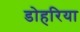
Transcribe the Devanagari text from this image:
डोहरिया